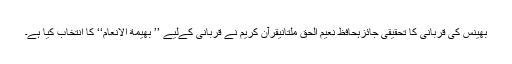
بھینس کی قربانی کا تحقیقی جائزہحافظ نعیم الحق ملتانیقرآن کریم نے قربانی کےلیے ’’ بهيمة الانعام‘‘ کا انتخاب کیا ہے۔